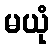
မယုံ